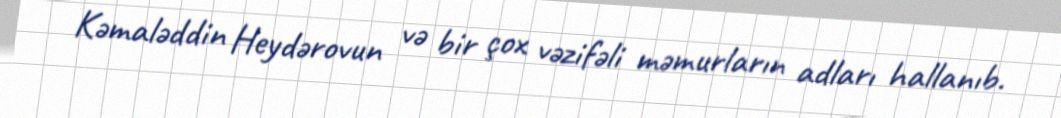
Kəmaləddin Heydərovun və bir çox vəzifəli məmurların adları hallanıb.